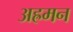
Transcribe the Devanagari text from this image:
अह्रमन